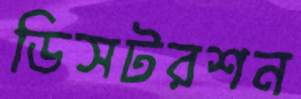
ডিসটরশন